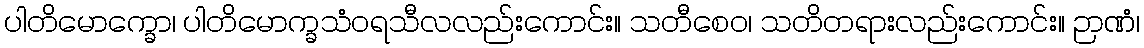
ပါတိမောက္ခော၊ ပါတိမောက္ခသံဝရသီလလည်းကောင်း။ သတီစေဝ၊ သတိတရားလည်းကောင်း။ ဉာဏံ၊